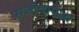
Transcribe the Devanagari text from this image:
सजीवापेक्षा